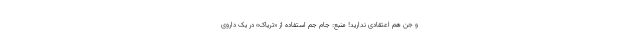
و جن هم اعتقادی ندارید! منبع: جام جم استفاده از «تریاک» در یک داروی